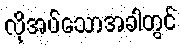
လိုအပ်သောအခါတွင်